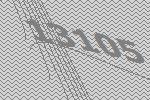
13105